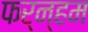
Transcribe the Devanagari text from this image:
फर्न्हम